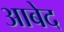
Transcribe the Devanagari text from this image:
अाबेद